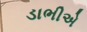
ડાભીએ